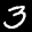
Label: 3